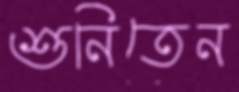
শুনিতেন